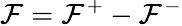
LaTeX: \mathcal{F}=\mathcal{F}^{+}-\mathcal{F}^{-}